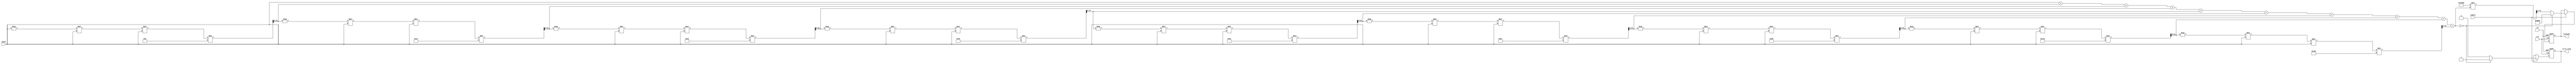
module csc_block #(
    parameter INPUT_WIDTH = 16,  // Width of the input angle
    parameter OUTPUT_WIDTH = 16   // Width of the output cosecant
)(
    input wire clk,
    input wire rst,
    input wire enable,
    input wire signed [INPUT_WIDTH-1:0] angle, // Input angle in radians
    output reg signed [OUTPUT_WIDTH-1:0] cosecant, // Output cosecant value
    output reg error_flag // Error flag for division by zero
);

    // Internal signals
    reg signed [INPUT_WIDTH-1:0] sine_value;
    reg signed [OUTPUT_WIDTH-1:0] reciprocal;

    // Sine approximation using Taylor series
    function signed [INPUT_WIDTH-1:0] sine_approx;
        input signed [INPUT_WIDTH-1:0] x;
        reg signed [INPUT_WIDTH-1:0] term;
        reg signed [INPUT_WIDTH-1:0] sum;
        integer i;
        begin
            sum = x; // First term of the series
            term = x; // Initialize term
            for (i = 1; i < 10; i = i + 1) begin // 10 terms for approximation
                term = -term * x * x / ((2 * i) * (2 * i + 1)); // Calculate next term
                sum = sum + term; // Add term to sum
            end
            sine_approx = sum; // Return the sine approximation
        end
    endfunction

    // Main computation block
    always @(posedge clk or posedge rst) begin
        if (rst) begin
            cosecant <= 0;
            error_flag <= 0;
        end else if (enable) begin
            sine_value = sine_approx(angle); // Compute sine of the angle
            
            // Check for division by zero
            if (sine_value == 0) begin
                cosecant <= {1'b1, {OUTPUT_WIDTH-1{1'b0}}}; // Set to positive infinity (or NaN)
                error_flag <= 1; // Set error flag
            end else begin
                reciprocal = (1 << OUTPUT_WIDTH) / sine_value; // Compute reciprocal
                cosecant <= reciprocal; // Assign cosecant value
                error_flag <= 0; // Clear error flag
            end
        end
    end

endmodule